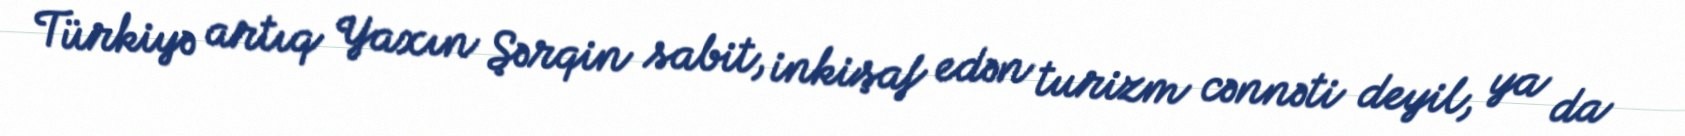
Türkiyə artıq Yaxın Şərqin sabit, inkişaf edən turizm cənnəti deyil, ya da